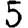
Digit: 5